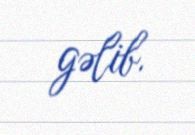
gəlib.